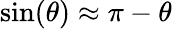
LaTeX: \sin(\theta)\approx\pi-\theta